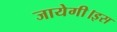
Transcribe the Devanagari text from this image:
जायेगी।इस